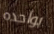
بواحده